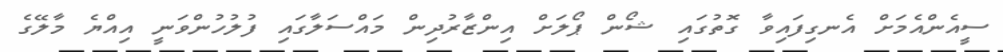
ސީއެންއެމަށް އެނގިފައިވާ ގޮތުގައި ޝޯން ޕޯލަށް އިންޒާރުދިން މައްސަލާގައި ފުލުހުންވަނީ އިއްޔެ މާލޭގެ